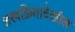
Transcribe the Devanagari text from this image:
शस्त्रक्रियादेखील